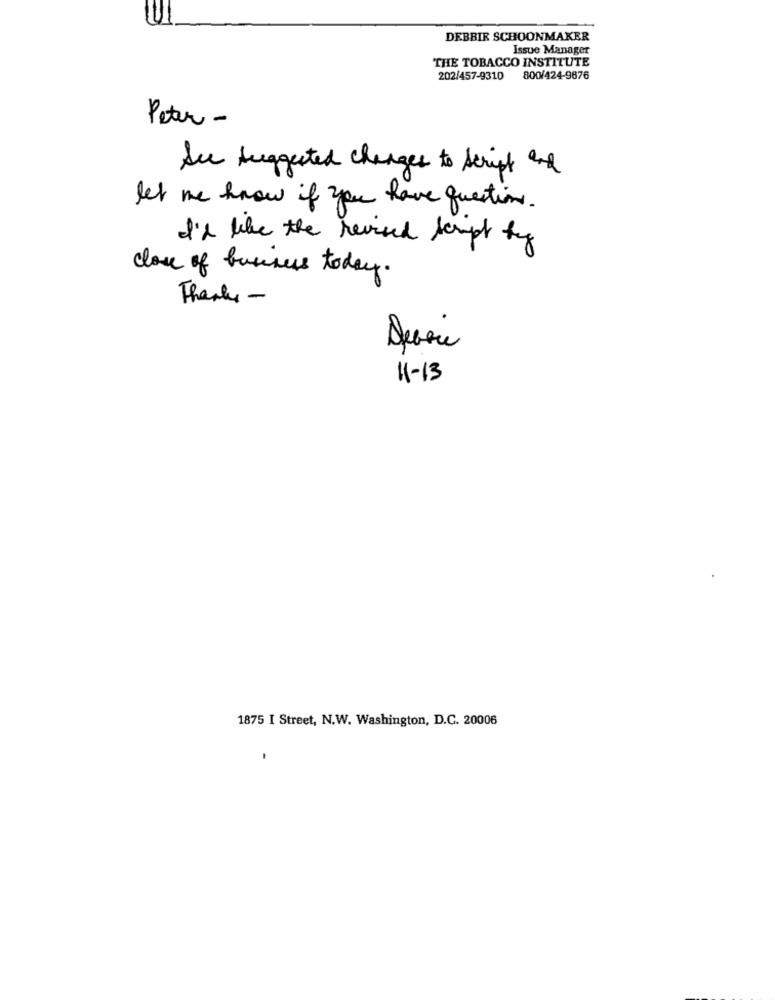
DEBBIR SCHOONMAKER
Issue Manager
THE TOBACCO INSTITUTE
202/457-9310 800/424-9876
Peter -
Au suggested changes to Script and
let me know if you have questions.
I'd like the revised tempt by
close of business today.
Thanks -
11 - 13
1875 I Street, N.W. Washington, D.C. 20006